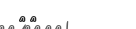
٣٥